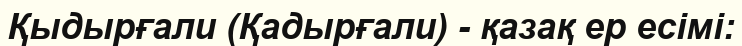
Қыдырғали (Қадырғали) - қазақ ер есімі: